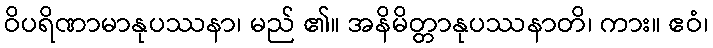
ဝိပရိဏာမာနုပဿနာ၊ မည် ၏။ အနိမိတ္တာနုပဿနာတိ၊ ကား။ ဧဝံ၊